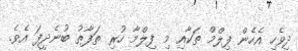
ދިވެހި އެހެން ފިލްމް ތަކާއި މި ފިލްމާ ހުރި ތަފާތު ބުނެދީފަ އެވެ.